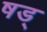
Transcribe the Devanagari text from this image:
षड्‍